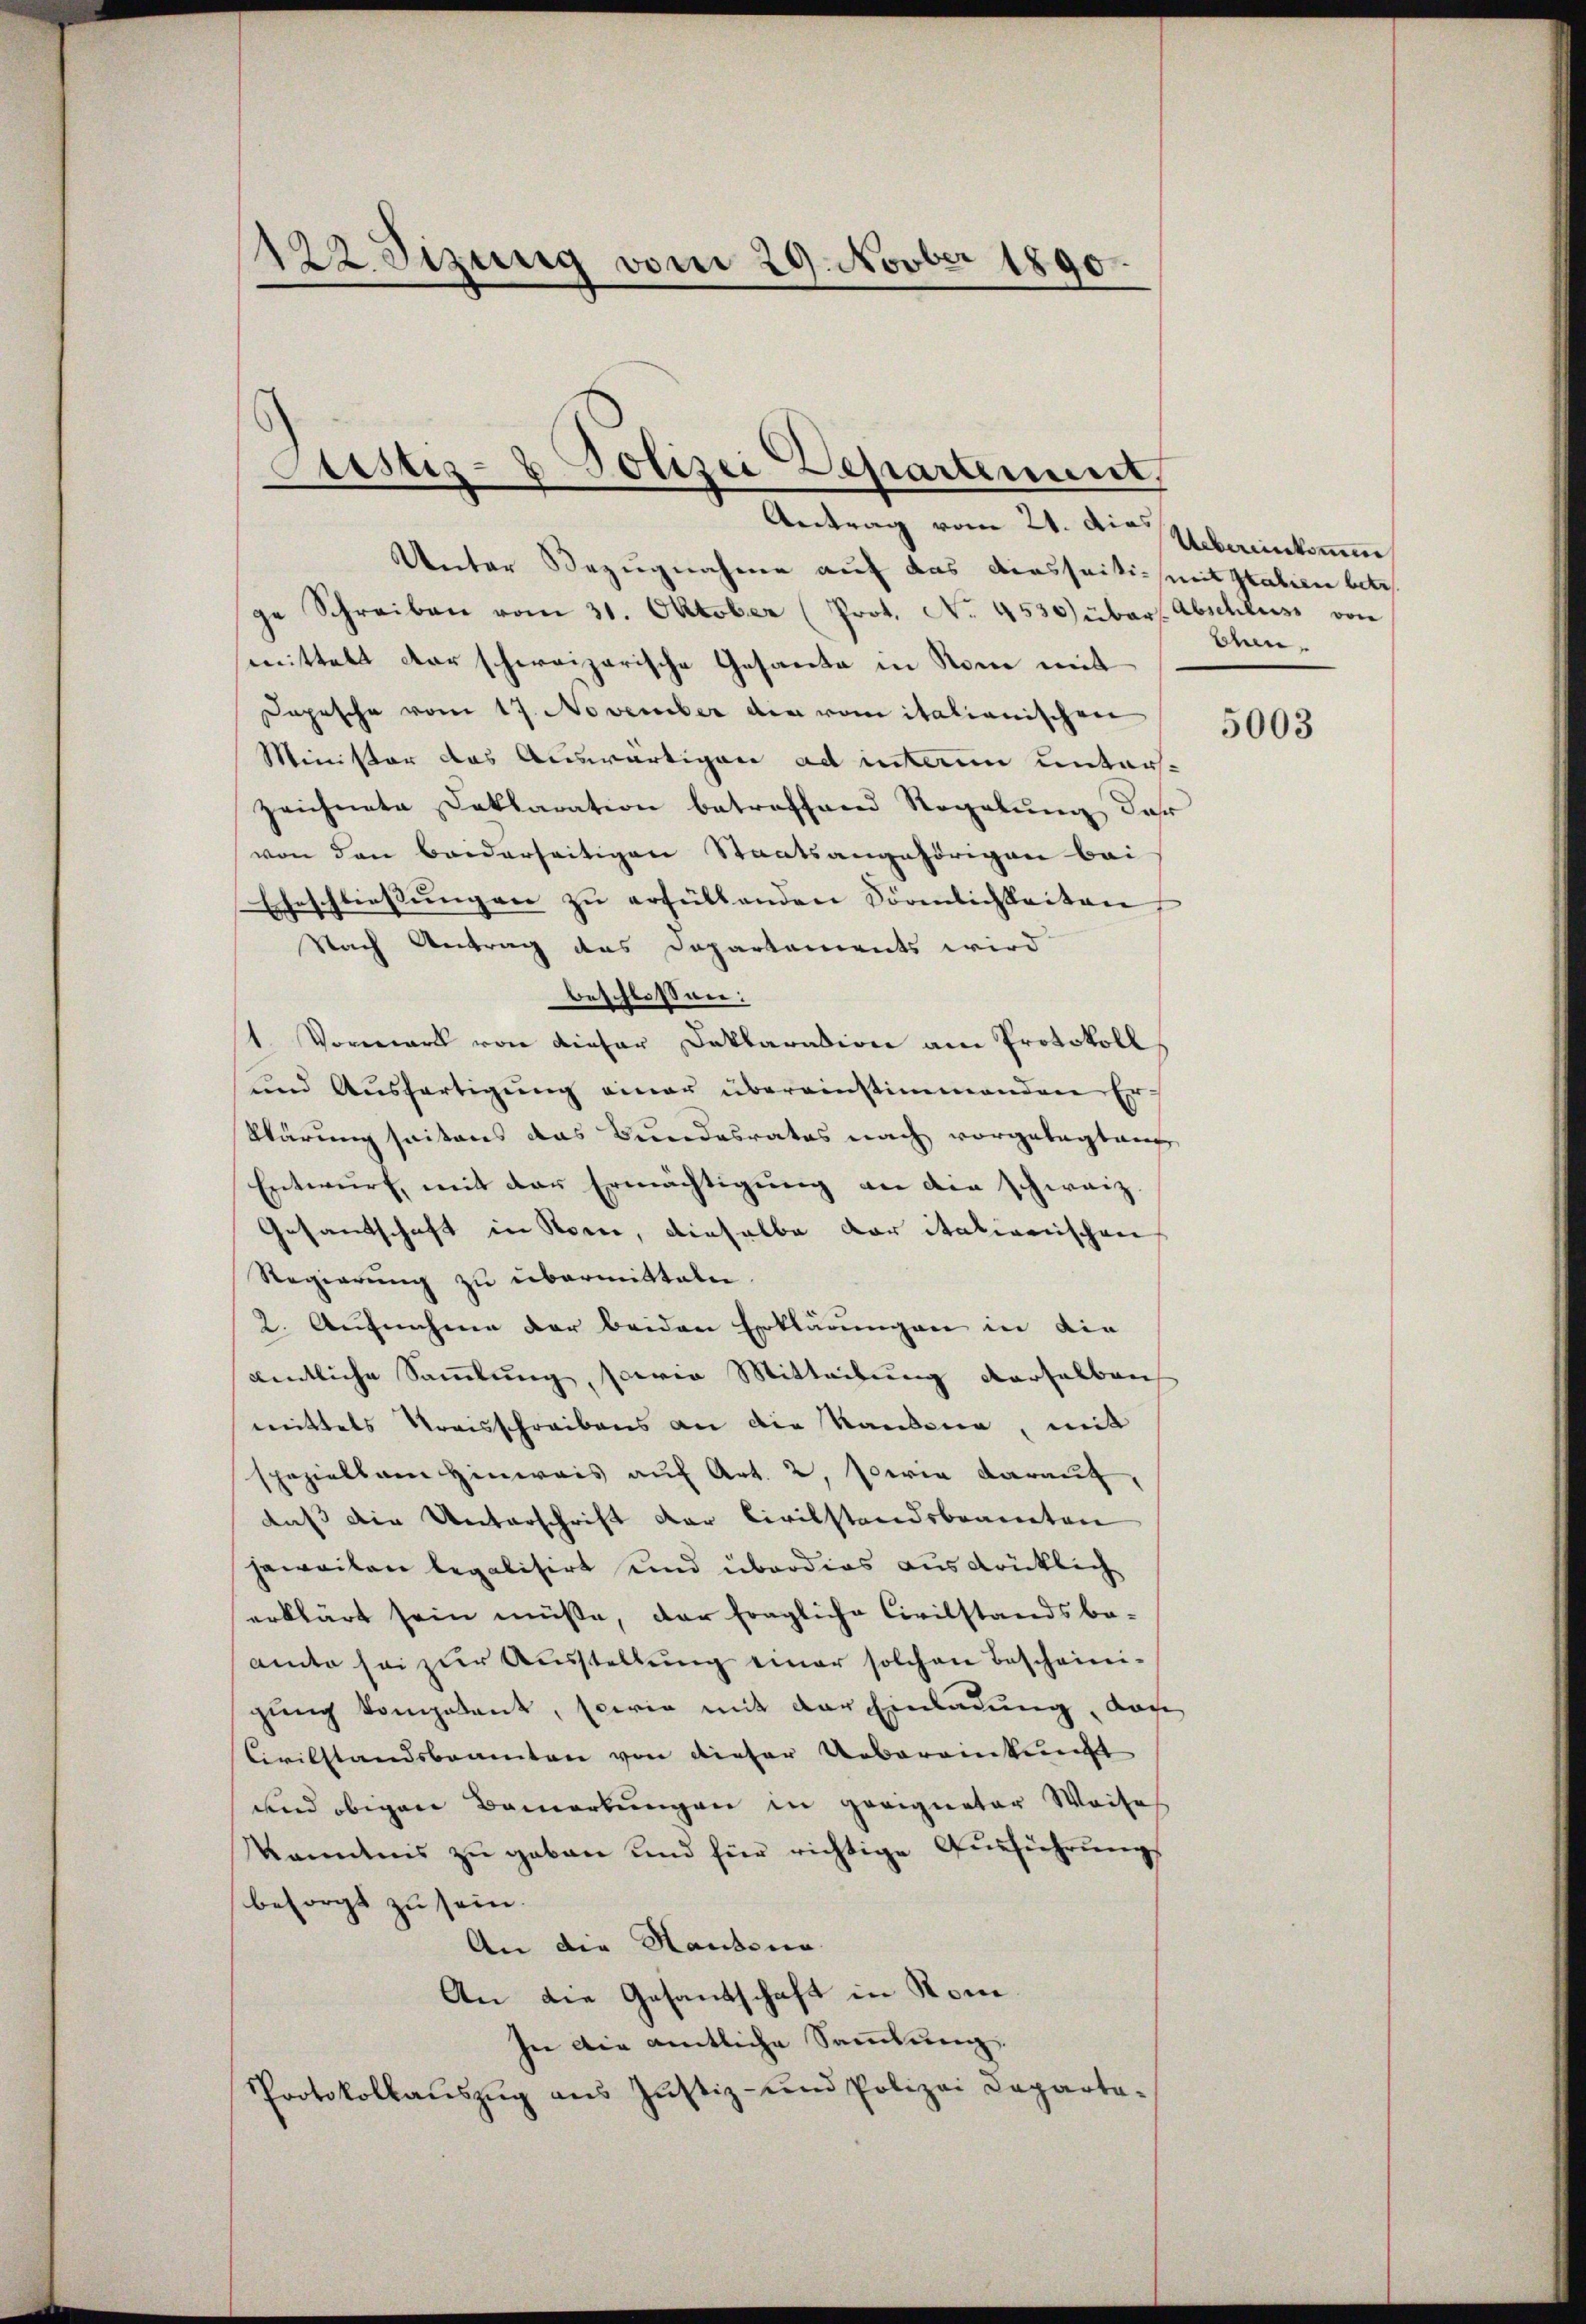
¬
ez Sizung vom 29. Novber 1890.

Justiz- & Polizei Departement,
Antrag vom 21. dies

Unter Bezugnahme auf das diesseitig mit Italien betr.
ge Schreiben vom 31. Oktober (Prot. No. 4530 über Abschluss von
mittelt der schweizerische Gesante in Rom mit
Depesche vom 17. November die von italianischen
Minister das Auswärtigen ad inten unters-
zeichnete Deklaration betreffend Regelung der
von den beiderseitigen Staatsangehörigen bei
Eheschliessungen zu erfüllenden Sörenlichkeiten
Nach Antrag des Departements wird
beschlossen:
1. Vorwart von dieser Deklaration am Protokoll
und Ausfertigung einer übereinstimmenden Er
klärung seitens das Bundesrates nach vorgelegten
Entwurf, mit der Ermächtigŭng an die schweiz.
Gesandtschaft in Rone, dieselbe der italienischen
Regierung zu übermitteln.
2. Aufnahme der beiden Erklärungen in die
dentliche Sammlung, sowie Mitteilung derselben
mittels Kreisschreibens an die Kandene, mit
spezialsam Hinweis auf Art. 2, Seria darauf,
daß die Unterschrift der Civilstandsbeanten
jeweilen legalisirt und überdies ausdrüklich
erklärt sein müße, der fragliche Civilstandsbeamte sei zur Ausstellung einer solchen Bescheinigung kompetent, sowie mit der Einladung, dach
Civilstandsbeamten von dieser Uebereinkunft
und obigen Bemerkungen in geeigneter Weises
Kenntnis zu geben und für richtige Ausführungs
besorgt zu sein.
An die Handena
An die Gesandschaft in Rom.
In die amtliche Sammlung.
Protokollaŭszŭg ans Justiz- und Polizei Departa-

Uebereinkommen
Chun¬

5003